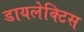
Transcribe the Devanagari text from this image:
डायलेक्टिस